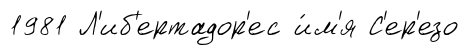
1981 Л'иб'ертадор'ес и́м'я С'ер'езо